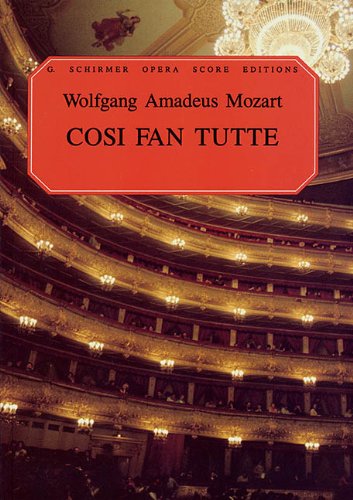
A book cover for Cosi fan Tutte: Vocal Score; Wolfgang Amadeus Mozart; Humor & Entertainment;